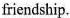
friendship.